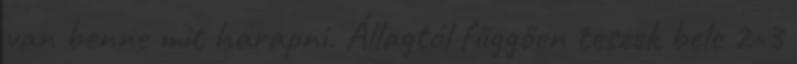
van benne mit harapni. Állagtól függően teszek bele 2-3